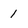
Character: 1